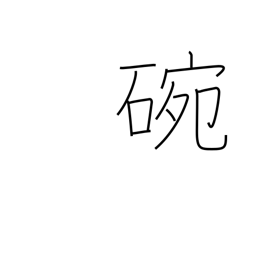
Meaning: porcelain bowl